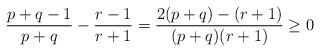
LaTeX: \begin{align*}\frac{p+q-1}{p+q}-\frac{r-1}{r+1}=\frac{2(p+q)-(r+1)}{(p+q)(r+1)}\ge0\end{align*}